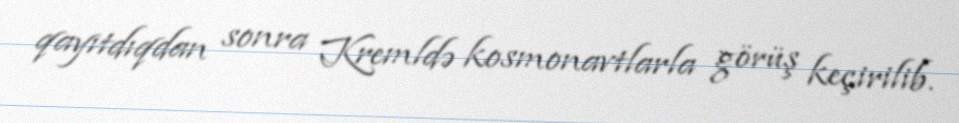
qayıtdıqdan sonra Kremldə kosmonavtlarla görüş keçirilib.